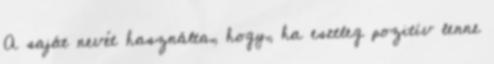
A saját nevét használta, hogy, ha esetleg pozitív lenne